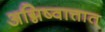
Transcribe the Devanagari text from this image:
अग्निष्वात्तात्